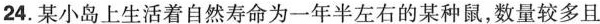
24.某小岛上生活着自然寿命为一年半左右的某种鼠，数量较多且